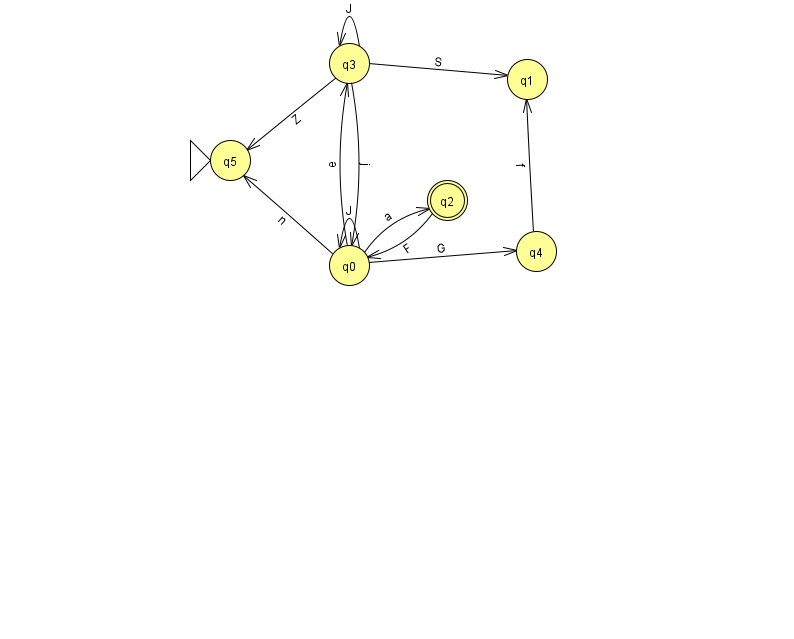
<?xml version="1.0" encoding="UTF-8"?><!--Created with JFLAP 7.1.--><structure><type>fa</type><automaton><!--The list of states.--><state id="0" name="q0"><x>349.0</x><y>252.0</y></state><state id="1" name="q1"><x>527.0</x><y>66.0</y></state><state id="2" name="q2"><x>447.0</x><y>187.0</y><final/></state><state id="3" name="q3"><x>349.0</x><y>50.0</y></state><state id="4" name="q4"><x>536.0</x><y>238.0</y></state><state id="5" name="q5"><x>230.0</x><y>147.0</y><initial/></state><!--The list of transitions.--><transition><from>0</from><to>5</to><read>n</read></transition><transition><from>4</from><to>1</to><read>f</read></transition><transition><from>0</from><to>4</to><read>G</read></transition><transition><from>3</from><to>1</to><read>S</read></transition><transition><from>0</from><to>3</to><read>e</read></transition><transition><from>3</from><to>5</to><read>Z</read></transition><transition><from>0</from><to>2</to><read>a</read></transition><transition><from>3</from><to>0</to><read>j</read></transition><transition><from>0</from><to>0</to><read>J</read></transition><transition><from>3</from><to>3</to><read>J</read></transition><transition><from>2</from><to>0</to><read>F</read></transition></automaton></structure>